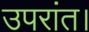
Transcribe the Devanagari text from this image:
उपरांत।